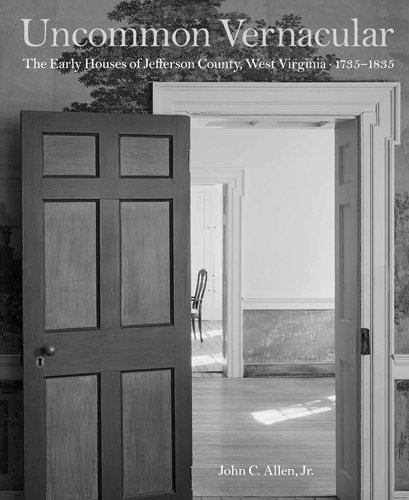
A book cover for Uncommon Vernacular: The Early Houses of Jefferson County, West Virginia, 1735-1835; John C. Allen  Jr.; Arts & Photography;